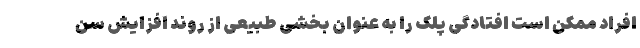
افراد ممکن است افتادگی پلک را به عنوان بخشی طبیعی از روند افزایش سن